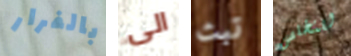
بالفرار الى تبث للتخلص